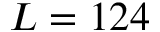
L = 1 2 4